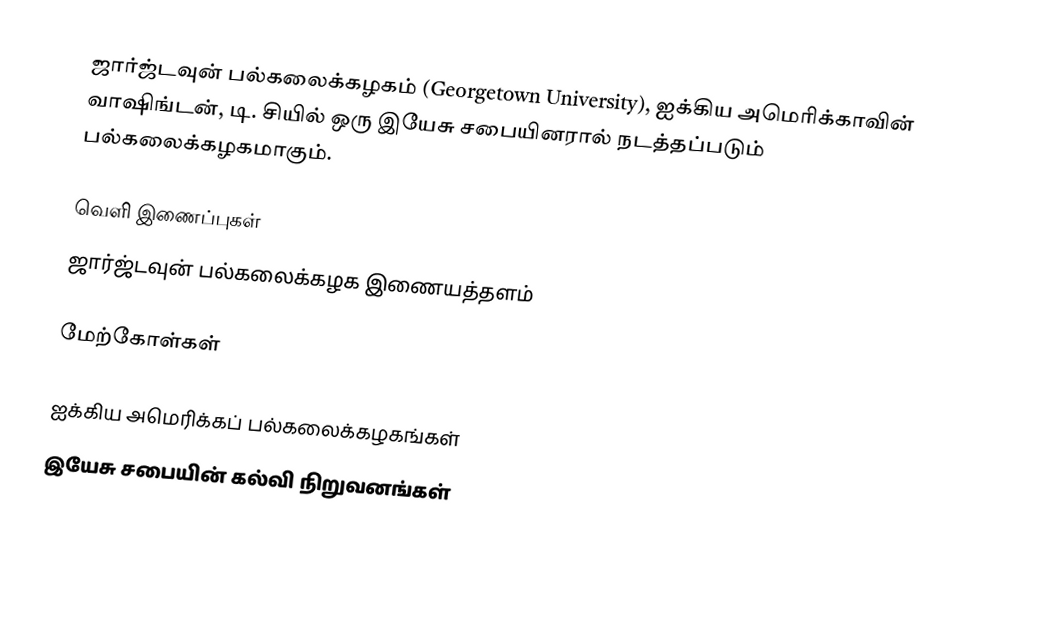
ஜார்ஜ்டவுன் பல்கலைக்கழகம் (Georgetown University), ஐக்கிய அமெரிக்காவின் வாஷிங்டன், டி. சியில் ஒரு இயேசு சபையினரால் நடத்தப்படும் பல்கலைக்கழகமாகும்.

வெளி இணைப்புகள்
ஜார்ஜ்டவுன் பல்கலைக்கழக இணையத்தளம்

மேற்கோள்கள்

ஐக்கிய அமெரிக்கப் பல்கலைக்கழகங்கள்
இயேசு சபையின் கல்வி நிறுவனங்கள்